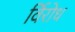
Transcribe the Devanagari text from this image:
र्विरोध